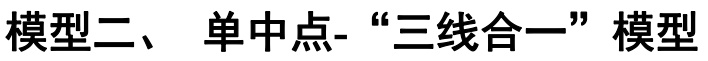
模型二、 单中点-“三线合一”模型